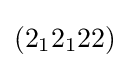
(2_{1}2_{1}22)